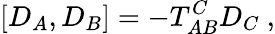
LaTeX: \left[D_{A},D_{B}\right]=-T_{AB}^{C}D_{C}\ ,